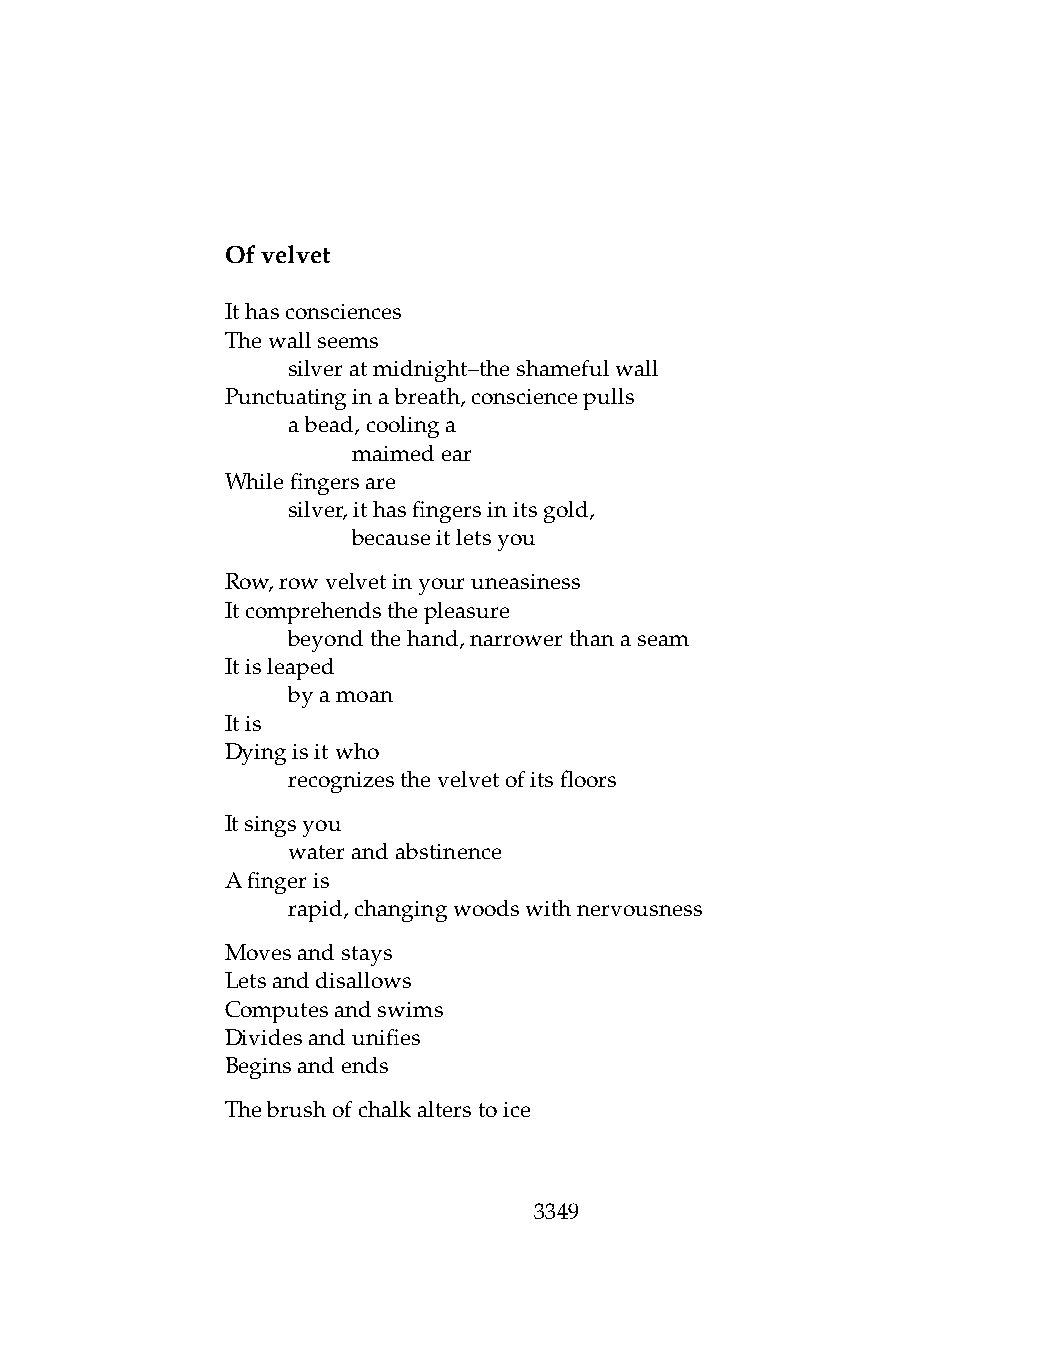
Ofvelvet
 Ithasconsciences
 Thewallseems
 .   silveratmidnight–theshamefulwall
 Punctuatinginabreath,consciencepulls
 .   abead,coolinga
 .   .   maimedear
 Whilefingersare
 .   silver,ithasfingersinitsgold,
 .   .   becauseitletsyou
 Row,rowvelvetinyouruneasiness
 Itcomprehendsthepleasure
 .   beyondthehand,narrowerthanaseam
 Itisleaped
 .   byamoan
 Itis
 Dyingisitwho
 .   recognizesthevelvetofitsfloors
 Itsingsyou
 .   waterandabstinence
 Afingeris
 .   rapid,changingwoodswithnervousness
 Movesandstays
 Letsanddisallows
 Computesandswims
 Dividesandunifies
 Beginsandends
 Thebrushofchalkalterstoice
 3349